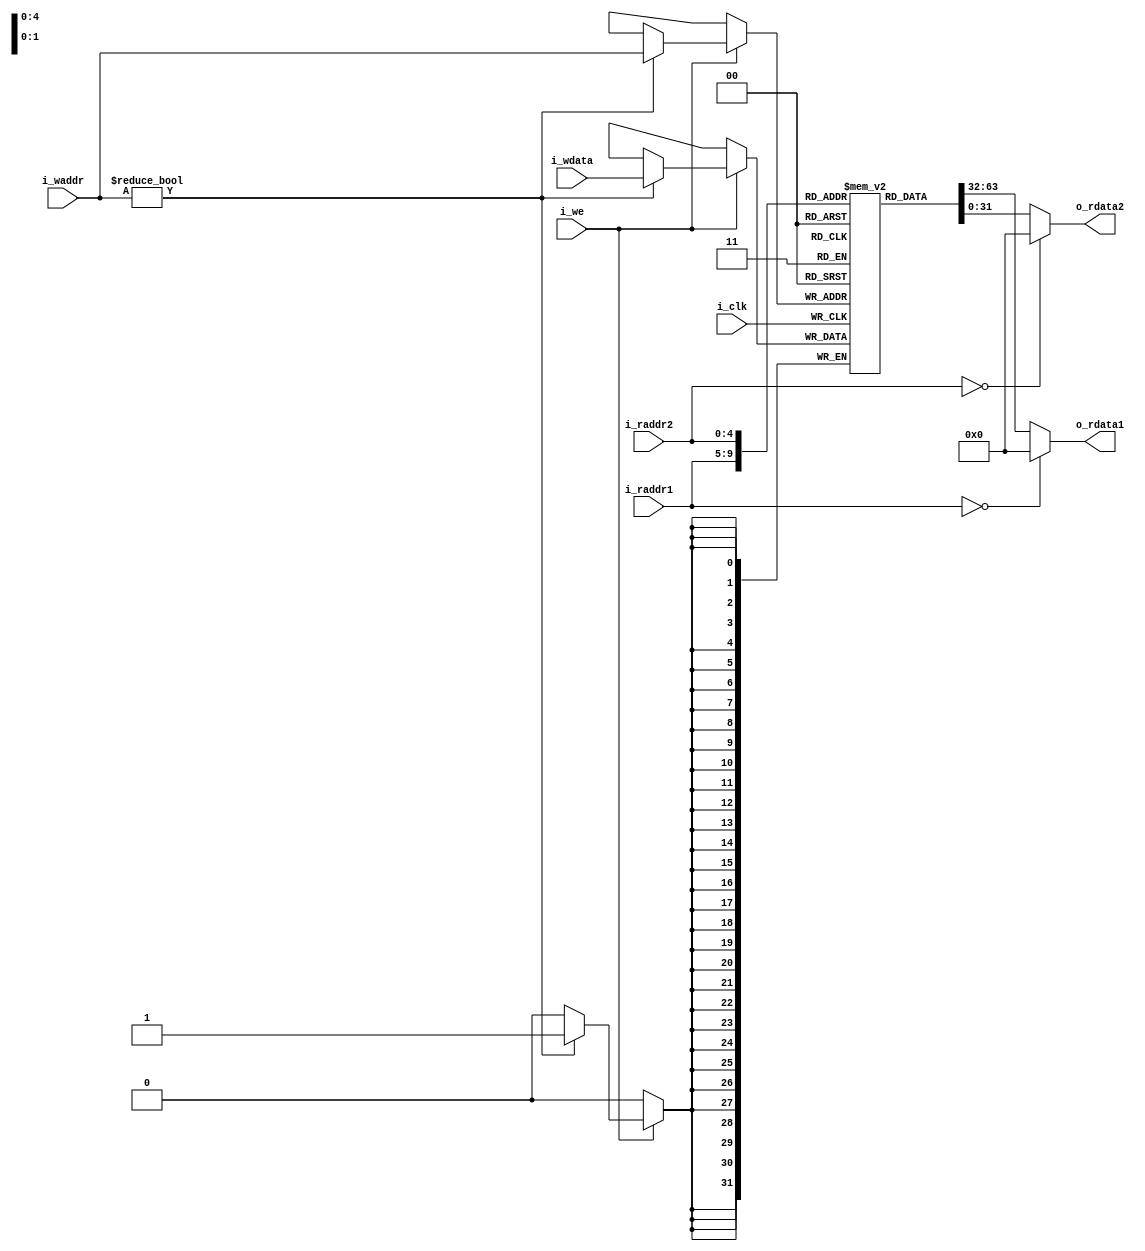

module regFile(i_clk, 
               i_raddr1, 
               i_raddr2, 
               i_waddr, 
               i_wdata, 
               i_we,
               o_rdata1,
               o_rdata2 
               );
               
input           i_clk, i_we;
input   [4:0]   i_raddr1, i_raddr2, i_waddr;
input   [31:0]  i_wdata;           
output  [31:0]  o_rdata1, o_rdata2;

reg [31:0] regs[31:0];
	
	always @(posedge i_clk) begin
		if(i_we)
			if(i_waddr != 0)
				regs[i_waddr] <= i_wdata;
	end

	assign o_rdata1 = (i_raddr1 == 0) ? 0 : regs[i_raddr1];
	assign o_rdata2 = (i_raddr2 == 0) ? 0 : regs[i_raddr2];
	
  
endmodule